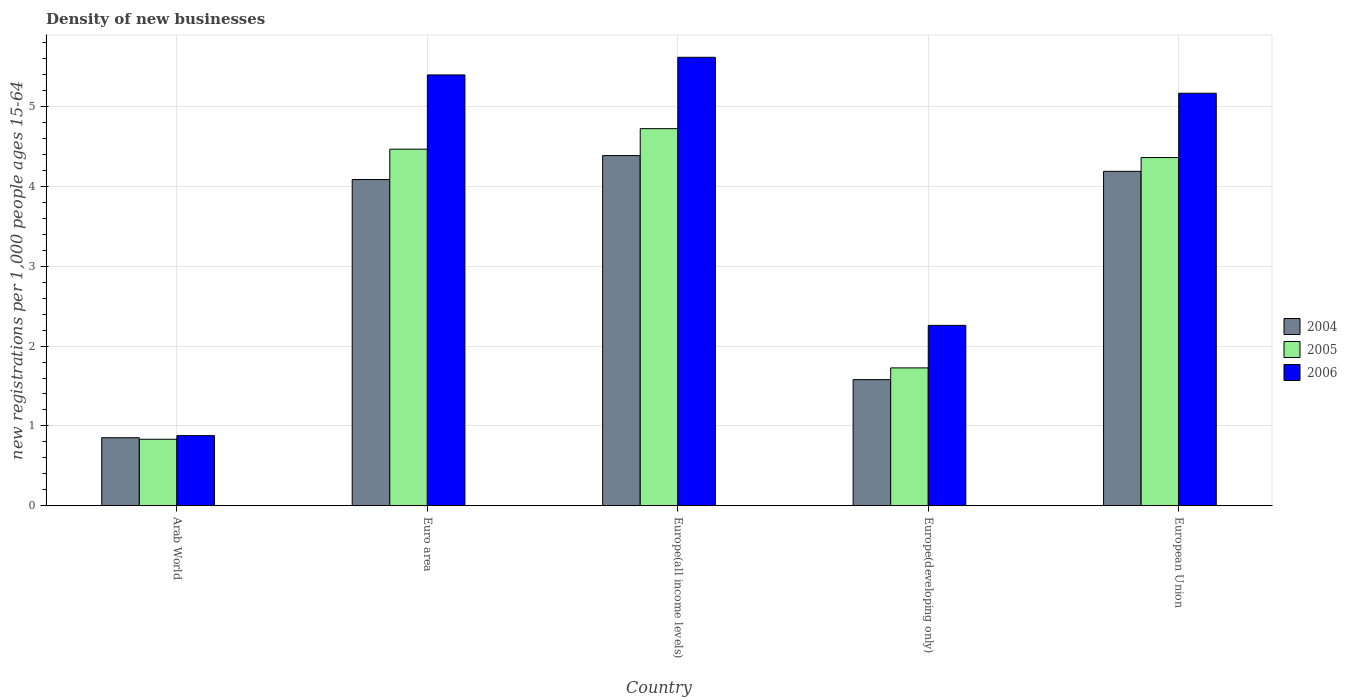
| Country | 2004 | 2005 | 2006 |
 | --- | --- | --- | --- |
 | Arab World | 0.852 | 0.833 | 0.878 |
 | Euro area | 4.09 | 4.47 | 5.4 |
 | Europe(all income levels) | 4.39 | 4.72 | 5.62 |
 | Europe(developing only) | 1.58 | 1.73 | 2.26 |
 | European Union | 4.19 | 4.36 | 5.17 |